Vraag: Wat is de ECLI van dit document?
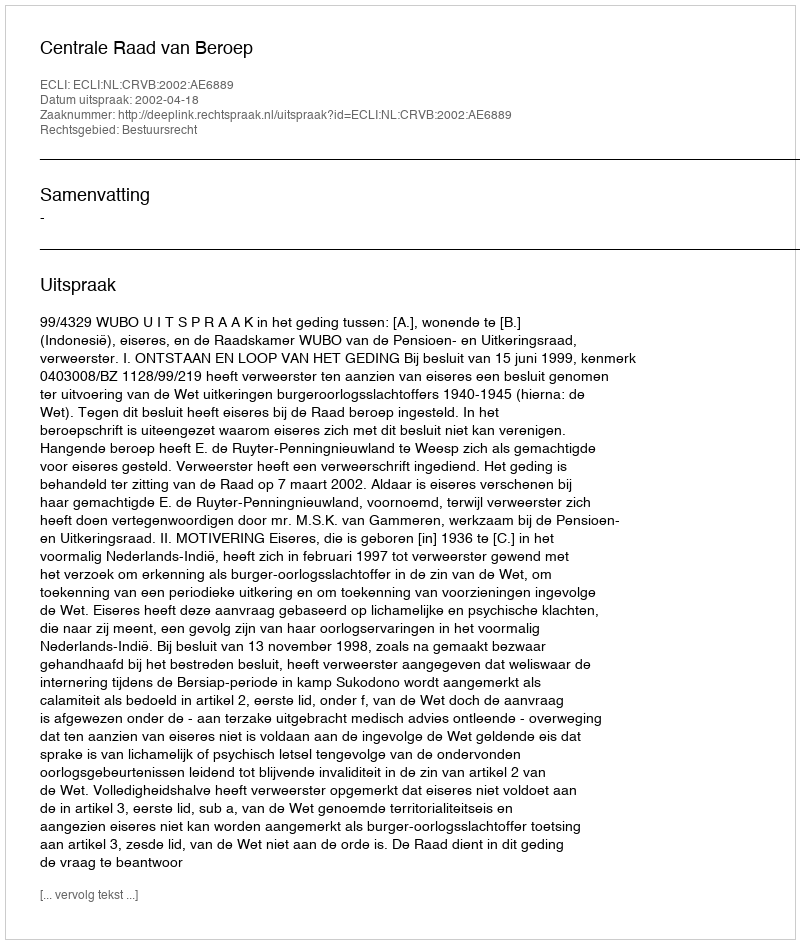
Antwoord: ECLI:NL:CRVB:2002:AE6889